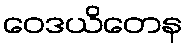
ဝေဒယိတေန